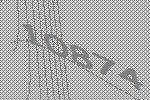
10874